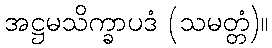
အဋ္ဌမသိက္ခာပဒံ (သမတ္တံ)။